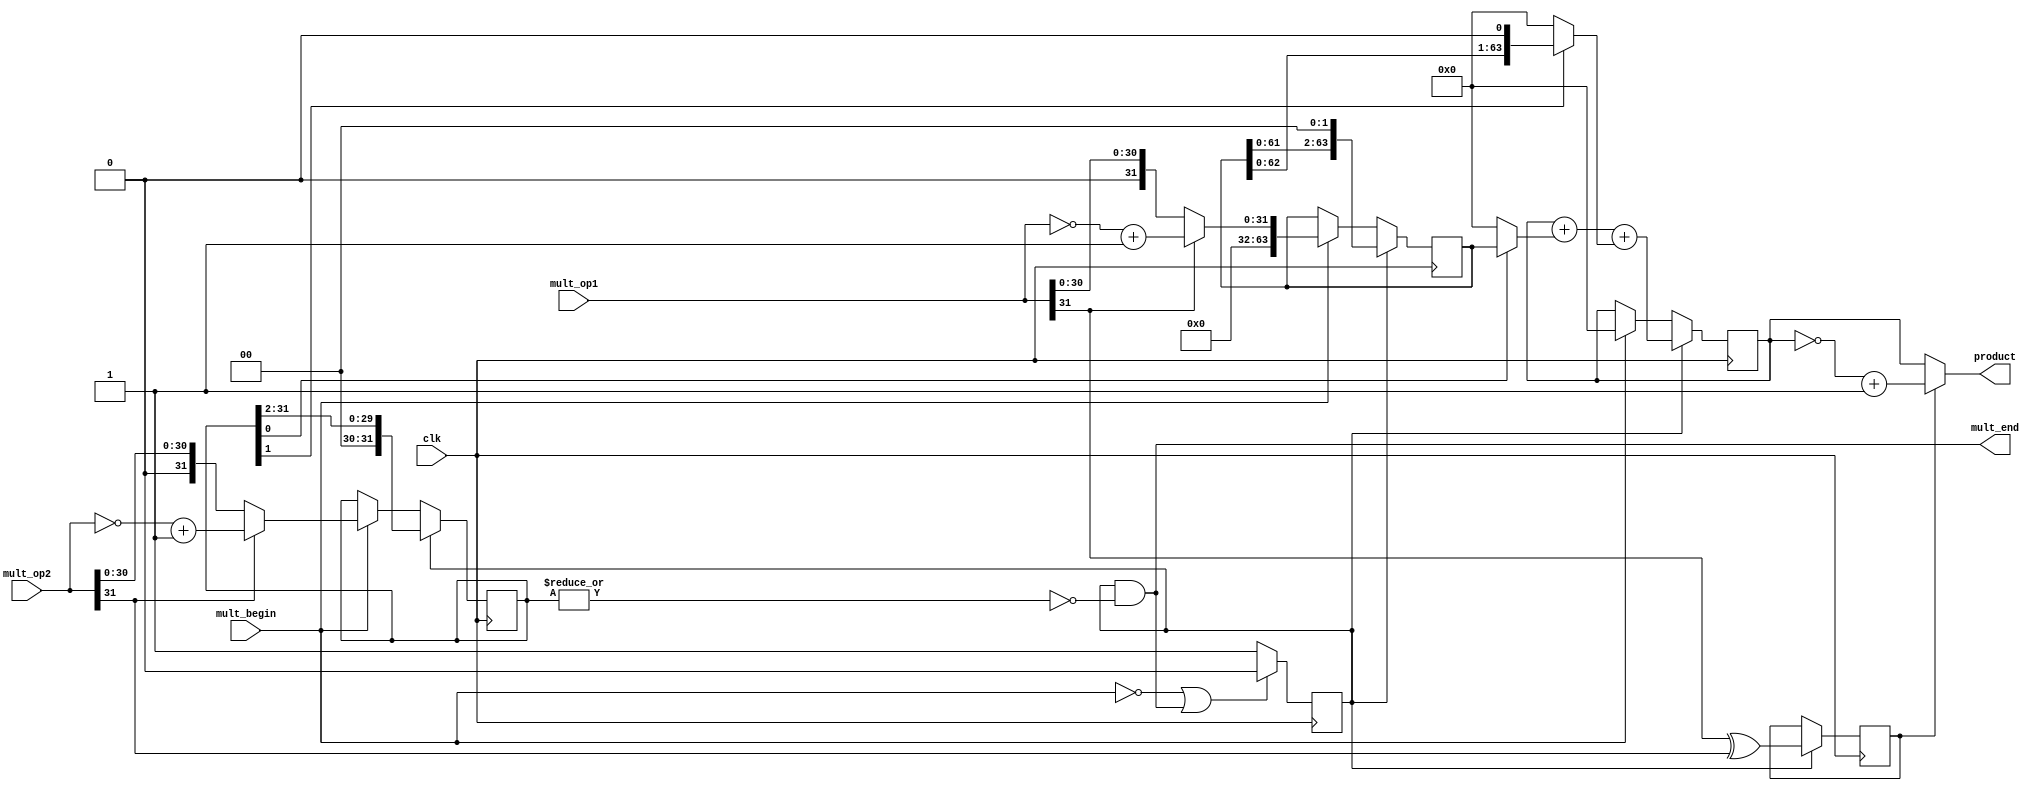
module multiply(              // ˷
    input         clk,        // ʱ
    input         mult_begin, // ˷ʼź
    input  [31:0] mult_op1,   // ˷Դ1
    input  [31:0] mult_op2,   // ˷Դ2
    output [63:0] product,    // ˻
    output        mult_end    // ˷ź Ϊ0ʱproductճ˻жǷȷĳ˻mult_endΪ1ĳ˻
);

    //˷źźͽź
    reg mult_valid;
    assign mult_end = mult_valid & ~(|multiplier); //˷źţȫ0
  	// |ֻmultiplierȫ0ʱ0
    always @(posedge clk)
    begin
      if (!mult_begin || mult_end)  //жڹڻǹ
        begin
            mult_valid <= 1'b0;
        end
        else
        begin
            mult_valid <= 1'b1;
        end
    end

    //ԴȡֵľֵΪ䱾ľֵΪȡ1
    wire        op1_sign;      //1ķλ
    wire        op2_sign;      //2ķλ
    wire [31:0] op1_absolute;  //1ľֵ
    wire [31:0] op2_absolute;  //2ľֵ
    assign op1_sign = mult_op1[31];
    assign op2_sign = mult_op2[31];
  	assign op1_absolute = op1_sign ? (~mult_op1+1) : mult_op1; // 1Ͱλȡ
    assign op2_absolute = op2_sign ? (~mult_op2+1) : mult_op2;

    // //رʱÿһλ
    // reg  [63:0] multiplicand;
    // always @ (posedge clk)
    // begin
    //     if (mult_valid)
    //     begin    // ڽг˷򱻳ÿʱһλ
    //         multiplicand <= {multiplicand[62:0],1'b0}; // ƴӣ
    //     end
    //     else if (mult_begin) 
    //     begin   // ˷ʼرΪ1ľֵ
    //         multiplicand <= {32'd0,op1_absolute};
    //     end
    // end

     //رʱÿ2λ
    reg  [63:0] multiplicand;
    always @ (posedge clk)
    begin
        if (mult_valid)
        begin    // ڽг˷򱻳ÿʱ2λ
            multiplicand <= {multiplicand[61:0], 2'b00}; // ƴӣ
        end
        else if (mult_begin) 
        begin   // ˷ʼرΪ1ľֵ
            multiplicand <= {32'd0, op1_absolute};
        end
    end

    // //سʱÿһλ
    // reg  [31:0] multiplier;
    // always @ (posedge clk)
    // begin
    //     if (mult_valid)
    //     begin   // ڽг˷ÿʱһλ
    //         multiplier <= {1'b0,multiplier[31:1]}; 
    //     end
    //     else if (mult_begin)
    //     begin   // ˷ʼسΪ2ľֵ
    //         multiplier <= op2_absolute; 
    //     end
    // end

    //سʱÿ2λ
    reg  [31:0] multiplier;
    always @ (posedge clk)
    begin
        if (mult_valid)
        begin   // ڽг˷ÿʱ2λ
            multiplier <= {2'b00,multiplier[31:2]}; 
        end
        else if (mult_begin)
        begin   // ˷ʼسΪ2ľֵ
            multiplier <= op2_absolute; 
        end
    end
    
    // ֻĩλΪ1ɱƵõĩλΪ0ֻΪ0
    wire [63:0] partial_product;
    wire [63:0] partial_product2;

    assign partial_product = multiplier[0] ? multiplicand : 64'd0;
    assign partial_product2 = multiplier[1] ? (multiplicand << 1) : 64'd0;

    //ۼ
    reg [63:0] product_temp;
    always @ (posedge clk)
    begin
        if (mult_valid)
        begin
            // product_temp <= product_temp + partial_product;
            product_temp <= product_temp + partial_product + partial_product2;
        end
        else if (mult_begin) 
        begin
            product_temp <= 64'd0;  // ˷ʼ˻ 
        end
    end 
     
    //˷ķλͳ˷
    reg product_sign;
    always @ (posedge clk)  // ˻
    begin
        if (mult_valid)
        begin
              product_sign <= op1_sign ^ op2_sign;
        end
    end 
    //˷ΪҪԽȡ+1
    assign product = product_sign ? (~product_temp+1) : product_temp;
endmodule